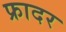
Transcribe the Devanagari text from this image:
फ्रादर